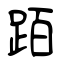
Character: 𬦰